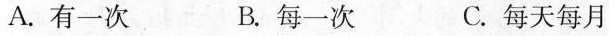
A.有一次 B.每一次 C.每天每月